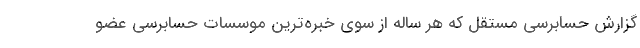
گزارش حسابرسي مستقل كه هر ساله از سوي خبره‌ترين موسسات حسابرسي عضو